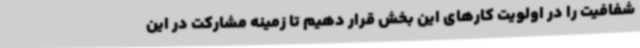
شفافیت را در اولویت کارهای این بخش قرار دهیم تا زمینه مشارکت در این